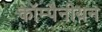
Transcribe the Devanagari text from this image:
कॉम्पैनीयन